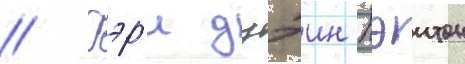
// Гэр'и дуэин пэитон